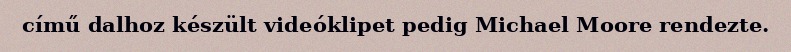
című dalhoz készült videóklipet pedig Michael Moore rendezte.